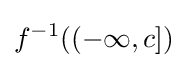
f^{-1}((-\infty ,c])